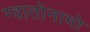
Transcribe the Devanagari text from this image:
ग्वातोनामो